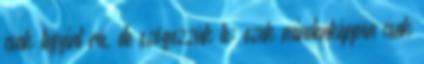
csak legyint rá, de szögezzük le: ezek mindenképpen csak